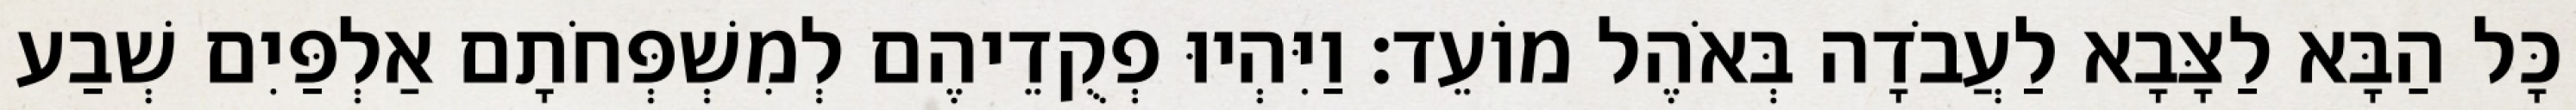
כָּל הַבָּא לַצָּבָא לַעֲבֹדָה בְּאֹהֶל מוֹעֵד׃ וַיִּהְיוּ פְקֻדֵיהֶם לְמִשְׁפְּחֹתָם אַלְפַּיִם שְׁבַע